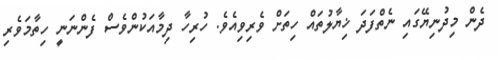
ދެން މިދުނިޔޭގައި ނެތްފަދަ ޚިޔާލުތައް ހިތަށް ވެރިވިއެވެ. ހުރިހާ ދިމާއަކުންވެސް ފެންނަނީ ހިތާމަވެރި